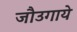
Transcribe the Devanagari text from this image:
जौउगाये